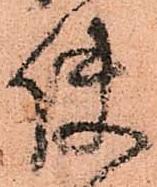
使